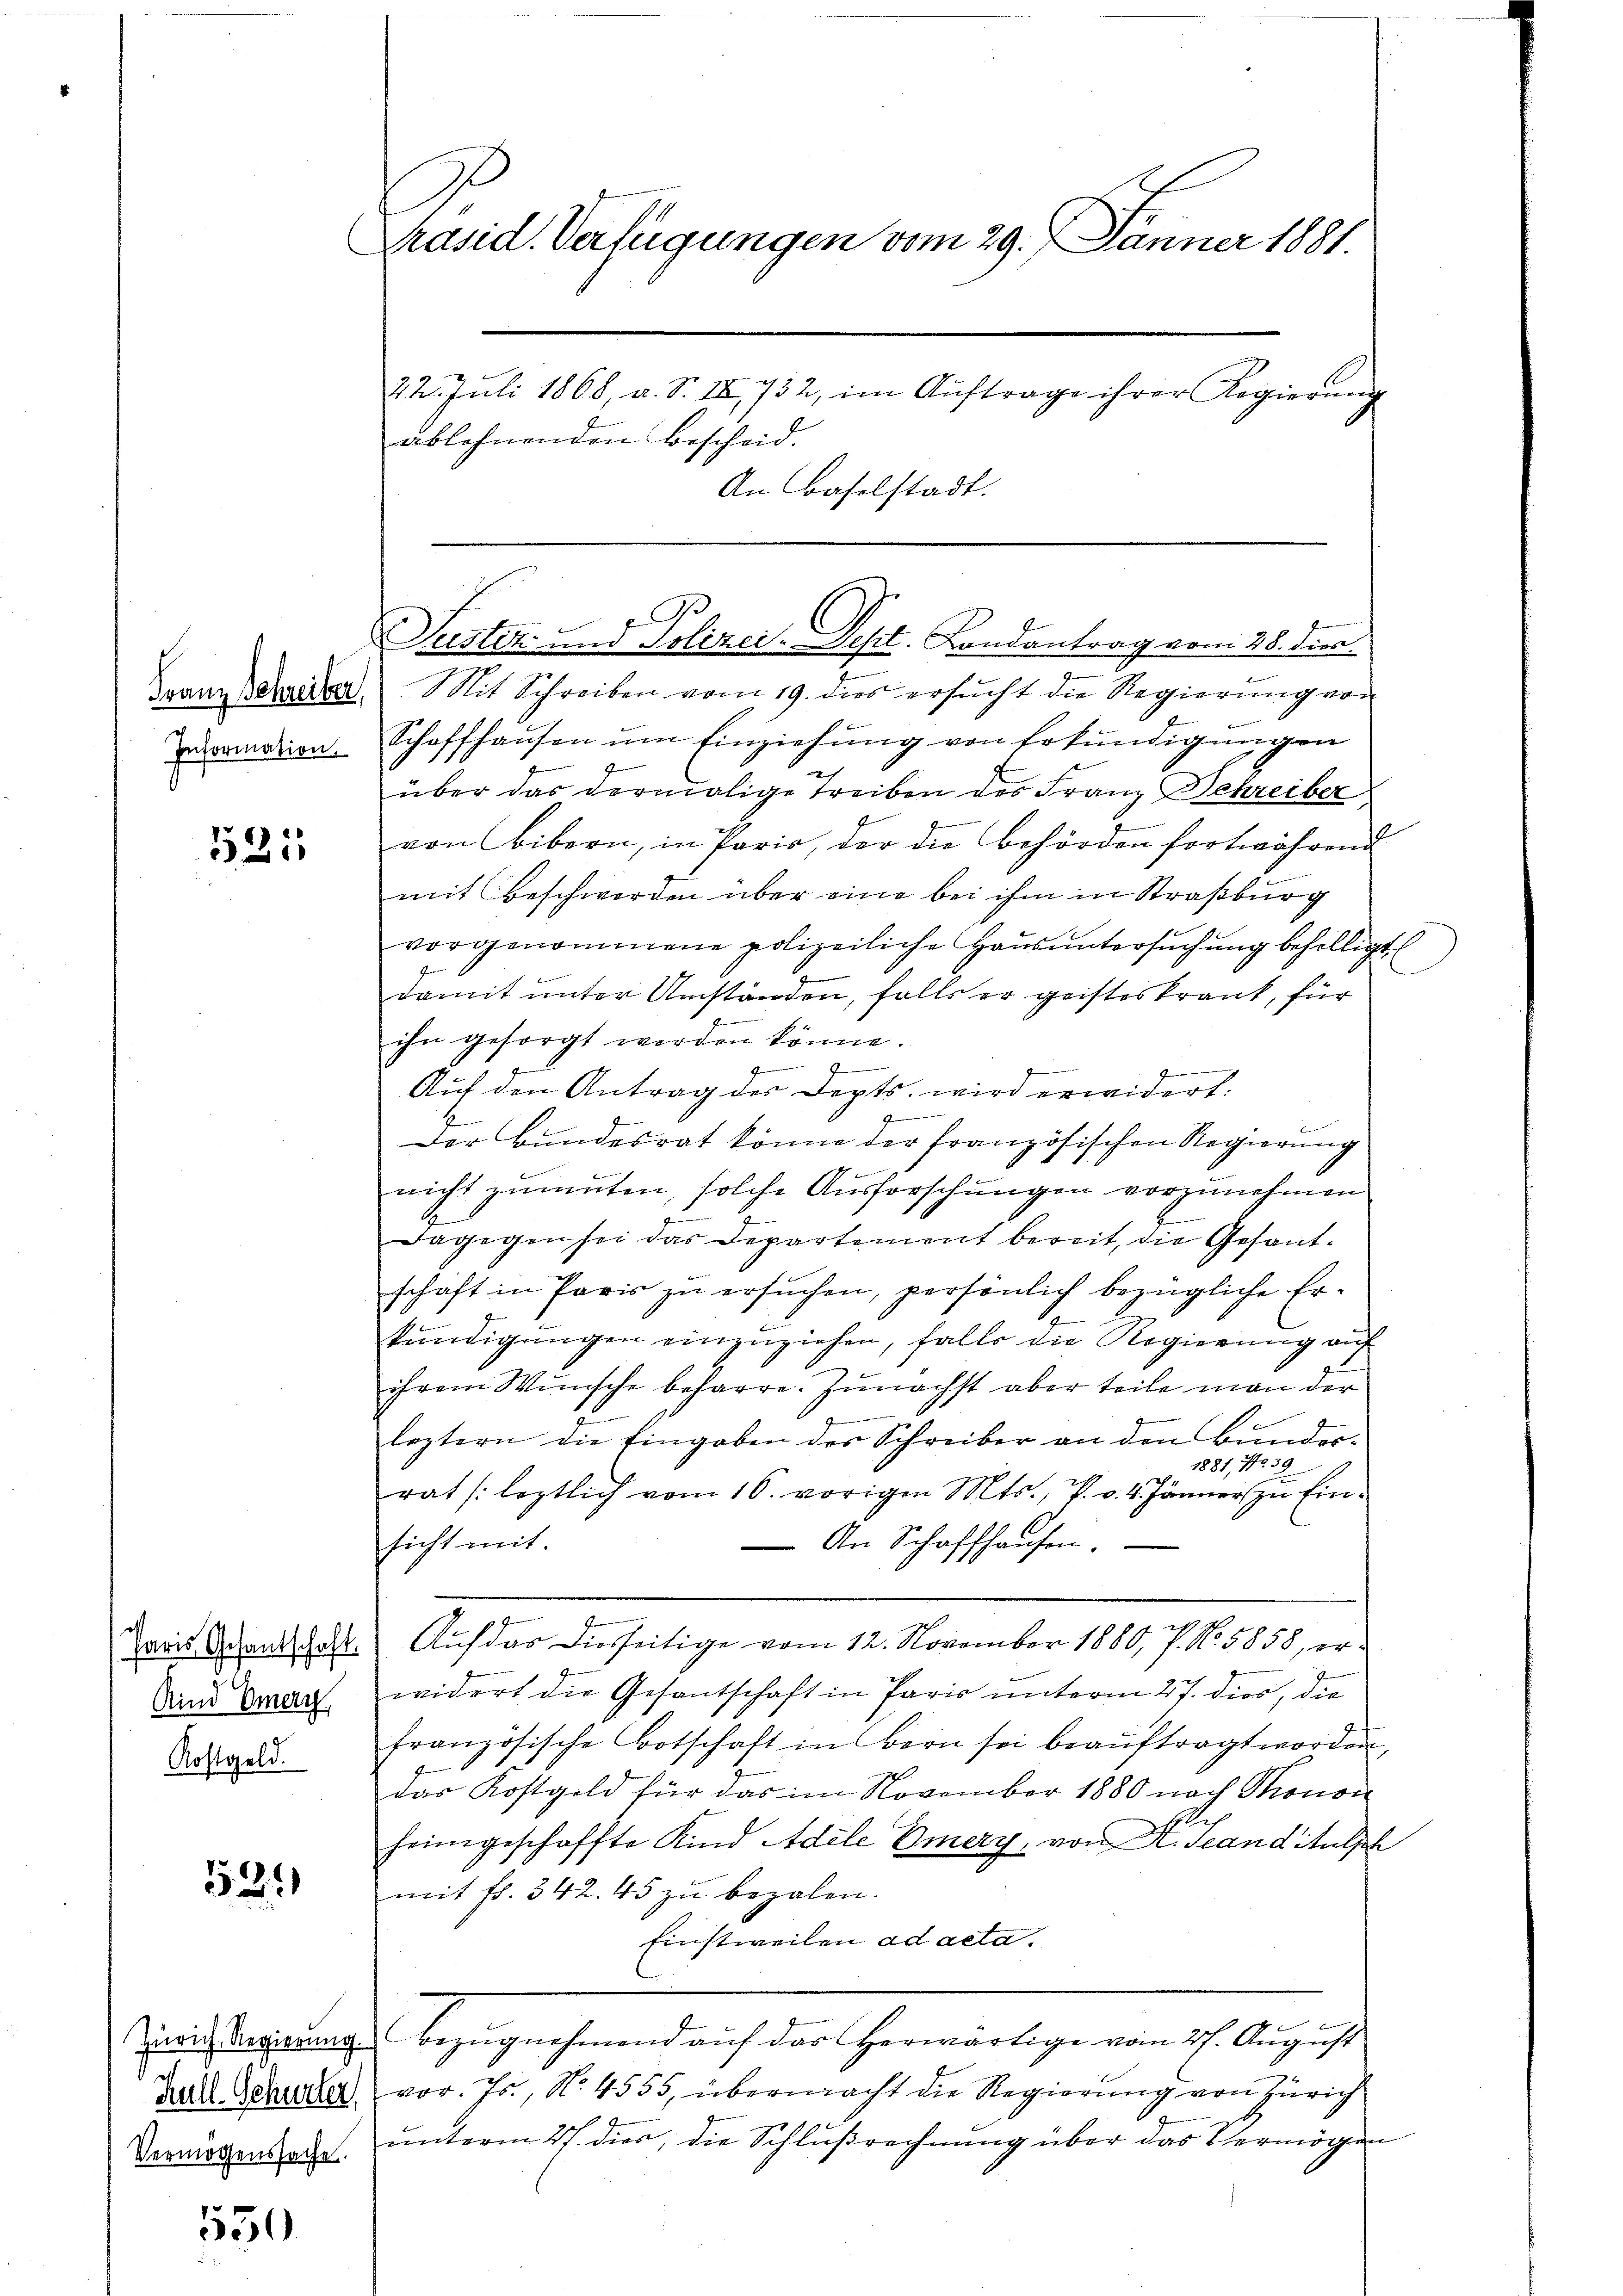
s
Information.

1525

Kind Emeri
Kostgeld.

52.

550

Präsid. Verfügungen vom 29. Jänner 1881.
22. Juli 1868, u. S. IX, 732, im Aŭftrage ihrer Regierŭng
ablehnenden Bescheid.
An Baselstadt.

Suster- und Polizei-Dest. Landantrag vom 28. dien.

Granz seherer Mit Schreiben vom 19. dies ersucht die Regierung von
Schaffhausen ŭm Einziehung von Erkundigungen
über das dermalige Treiben des Franz Schreiber
von Bibern, in Paris, der die behörden fortwährend
mit Beschwerden über eine bei ihm in Straßburg
vorgenommene polizeiliche Haŭs ŭntersŭchŭng behelligt
damit unter Umständen, falls er geisteskrank, für
ihn gesorgt werden könne.
.
e
Auf den Antrag des Depts, wird erwidert.
g
Der Bundesrat könne der französischen Regierung
nicht zumuten, solche Ausforschungen vorzunehmen.
dagegen sei das Departement bereit, die Gesant-
schäft in Paris zu ersuchen, persönlich bezügliche Erkŭndigŭngen einzŭziehen, falls die Regierŭng auf
3
ihrem Wunsche beharre. Zunächst aber teile man der
leztern die Eingaben des Schreiber an den Bunder-
1881, No 39
rat (leztlich vom 16. vorigen Mts., P. v. 4. Jänner zu Ein-
sicht mit
An Schaffhausen.
Zaris Arenthalt. Auf das diesseitige vom 12. November 1880, 7. No. 5858, erwidert die Gesantschaft in Paris unterm 27. dies, die
französische Botschaft in Bern sei beauftragt worden,
das Kostgeld für das im November 1880 nach Thonor
ht.
heimgeschaffte Kind Adele Emery, von A. Scanditulph
mit fl. 342. 45 zu bezalen.
Einstweilen ad acta.
ussertages Begegenstand auch der Gemeint genen ehelich se
Hall Schule vor. 75, No. 4555, übermacht die Regierung von Zürich
Vermögensache ŭnterm 27. dies, die Schlußrechnung über das Vermögen